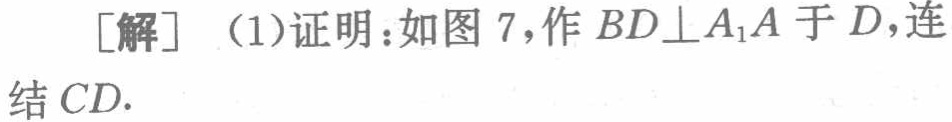
[解] （1）证明：如图 7，作 \(BD\perp A_{1}A\) 于 \(D\)，连结 \(CD\).